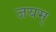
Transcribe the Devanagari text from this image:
जयम्